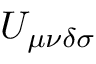
U _ { \mu \nu \delta \sigma }